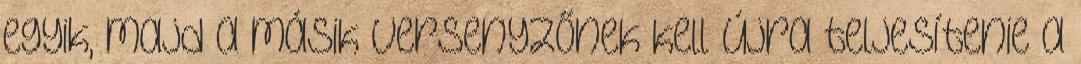
egyik, majd a másik versenyzőnek kell újra teljesítenie a